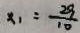
x _ { 1 } = \frac { 2 9 } { 1 0 }